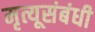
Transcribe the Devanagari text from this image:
मृत्यूसंबंधी